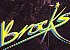
Brcks